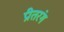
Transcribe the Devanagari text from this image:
प्रीतरंग